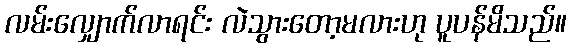
လမ်းလျှောက်လာရင်း လဲသွားတော့မလားဟု ပူပန်မိသည်။